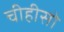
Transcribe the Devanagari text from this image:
चीहीसो